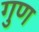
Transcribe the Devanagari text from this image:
गुण